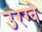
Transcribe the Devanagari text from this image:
उरग्वे